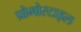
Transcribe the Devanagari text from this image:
प्रोमोस्टाइल